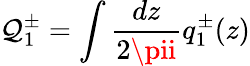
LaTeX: \mathcal{Q}_{1}^{\pm}=\int{\frac{{dz}}{{2\pii}}}q_{1}^{\pm}(z)